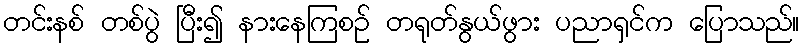
တင်းနစ် တစ်ပွဲ ပြီး၍ နားနေကြစဉ် တရုတ်နွယ်ဖွား ပညာရှင်က ပြောသည်။